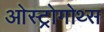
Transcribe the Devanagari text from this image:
ओस्ट्रोगोथ्स